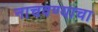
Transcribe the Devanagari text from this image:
नाचवण्याचा